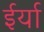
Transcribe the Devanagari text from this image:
ईर्या